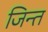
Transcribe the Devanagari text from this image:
जिन्त